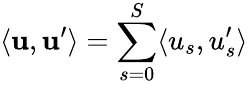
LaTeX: \langle{\mathbf u},{\mathbf u}^{\prime}\rangle=\sum_{s=0}^{S}\langle u_{s},u_{s}^{\prime}\rangle